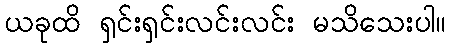
ယခုထိ ရှင်းရှင်းလင်းလင်း မသိသေးပါ။